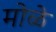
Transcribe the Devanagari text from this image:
मोळे